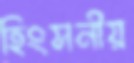
হিংসনীয়